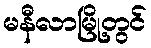
မနီလာမြို့တွင်